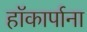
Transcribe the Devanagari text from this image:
हॉकार्पाना